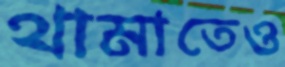
থামাতেও